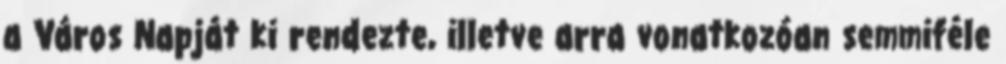
a Város Napját ki rendezte, illetve arra vonatkozóan semmiféle